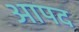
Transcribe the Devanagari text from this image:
आपद